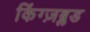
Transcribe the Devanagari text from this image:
किंग्ज़ब्लड